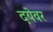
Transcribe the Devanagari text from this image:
दयेवर